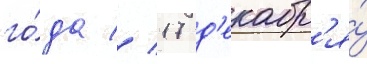
го́да // 17 д'екабр'я́